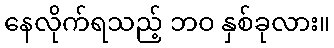
နေလိုက်ရသည့် ဘဝ နှစ်ခုလား။